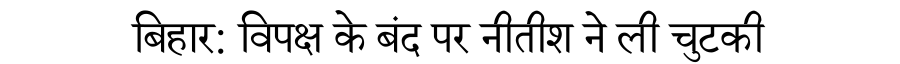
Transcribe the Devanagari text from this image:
बिहार: विपक्ष के बंद पर नीतीश ने ली चुटकी